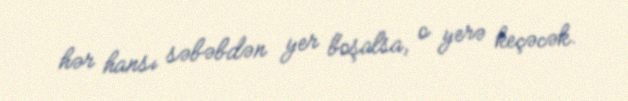
hər hansı səbəbdən yer boşalsa, o yerə keçəcək.